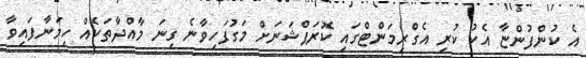
އެ ކުންފުންޏާ އެކު ކުރި އެގްރިމަންޓްގައި ކޮރަޕްޝަނަށް މަގުފަހިވާނެ ގިނަ މާއްދާތަކެއް ހިމަނާފައިވާ